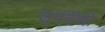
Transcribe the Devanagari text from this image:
लूबंबॅशी